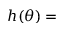
h ( \theta ) =